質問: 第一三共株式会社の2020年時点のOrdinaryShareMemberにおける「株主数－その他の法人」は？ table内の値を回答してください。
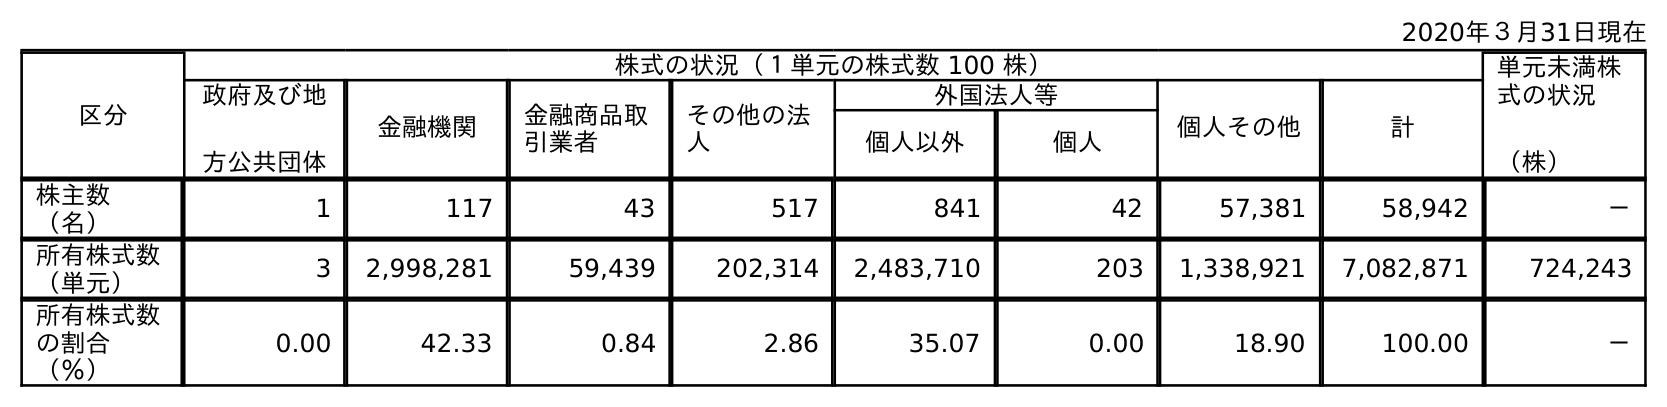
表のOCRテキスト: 2020年３月31日現在 区分 株式の状況（１単元の株式数 100 株） 単元未満株 式の状況 （株） 政府及び地 方公共団体 金融機関 金融商品取 引業者 その他の法 人 外国法人等 個人その他 計 個人以外 個人 株主数 （名） 1 117 43 517 841 42 57,381 58,942 － 所有株式数 （単元） 3 2,998,281 59,439 202,314 2,483,710 203 1,338,921 7,082,871 724,243 所有株式数 の割合 （％） 0.00 42.33 0.84 2.86 35.07 0.00 18.90 100.00 －
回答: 517